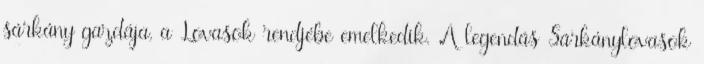
sárkány gazdája, a Lovasok rendjébe emelkedik. A legendás Sárkánylovasok